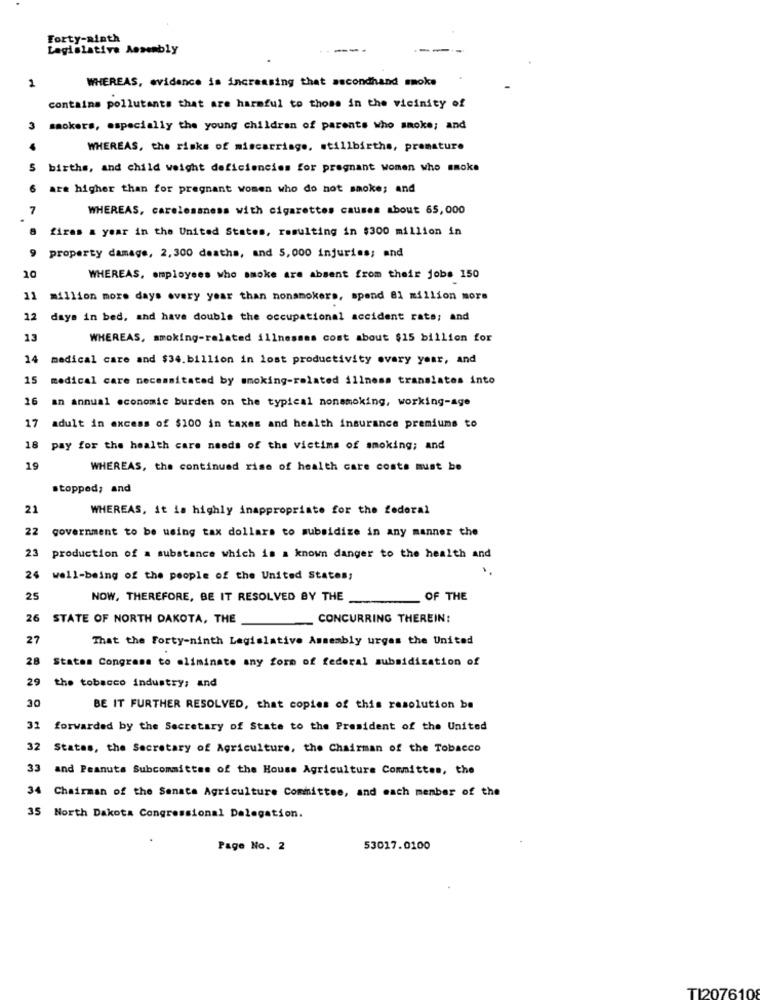
Forty-ninth
Legislative Assembly
---
-
WHEREAS, evidence is increasing that secondhand smoke
2
contains pollutants that are harmful to those in the vicinity of
3
smokers, especially the young children of parents who smoke; and
WHEREAS, the risks of miscarriage, stillbirths, premature
S births, and child weight deficiencies for pregnant women who smoke
are higher than for pregnant women who do not smoke; and
7
WHEREAS, carelessness with cigarettes causes about 65,000
firas a year in the United States, resulting in $300 million in
9
property damage, 2, 300 deaths, and 5,000 injuries; and
10
WHEREAS, employees who smoke are absent from their jobs 150
11
million more days every year than nonsmokers, spend 81 million more
12
days in bed, and have double the occupational accident rate; and
13
WHEREAS, smoking-related illnesses cost about $15 billion for
14
medical care and $34.billion in lost productivity every year, and
15
medical care necessitated by smoking-related illness translates into
16
an annual economic burden on the typical nonsmoking, working-age
17
adult in excess of $100 in taxes and health insurance premiums to
18
pay for the health care needs of the victims of smoking; and
19
WHEREAS, the continued rise of health care costs must be
stopped; and
21
WHEREAS, it is highly inappropriate for the federal
22
government to be using tax dollars to subsidize in any manner the
23
production of a substance which is a known danger to the health and
24
well-being of the people of the United States;
25
NOW, THEREFORE, BE IT RESOLVED BY THE
OF THE
26
STATE OF NORTH DAKOTA, THE
CONCURRING THEREIN:
27
That the Forty-ninth Legislative Assembly urges the United
28
States Congrasa to eliminate any form of federal subsidization of
29
the tobacco industry; and
30
BE IT FURTHER RESOLVED, that copies of this resolution be
31
forwarded by the Secretary of State to the President of the United
32
Statas, the Secretary of Agriculture, the Chairman of the Tobacco
33
and Peanuts Subcommittee of the House Agriculture Committee, the
34 Chairman of the Senate Agriculture Committee, and each member of the
35 North Dakota Congressional Delegation.
Page No. 2
53017.0100
TI207610